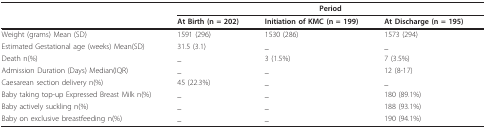
|  | <COLSPAN=3> Period |
 |  | At Birth (n = 202) | Initiation of KMC (n = 199) | At Discharge (n = 195) |
 | --- | --- | --- | --- |
 | Weight (grams) Mean (SD) | 1591 (296) | 1530 (286) | 1573 (294) |
 | Estimated Gestational age (weeks) Mean(SD) | 31.5 (3.1) | _ | _ |
 | Death n(%) | _ | 3 (1.5%) | 7 (3.5%) |
 | Admission Duration (Days) Median(IQR) | _ | _ | 12 (8-17) |
 | Caesarean section delivery n(%) | 45 (22.3%) | _ | _ |
 | Baby taking top-up Expressed Breast Milk n(%) | _ | _ | 180 (89.1%) |
 | Baby actively suckling n(%) | _ | _ | 188 (93.1%) |
 | Baby on exclusive breastfeeding n(%) | _ | _ | 190 (94.1%) |